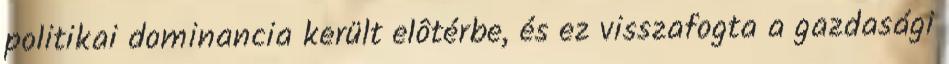
politikai dominancia került elôtérbe, és ez visszafogta a gazdasági